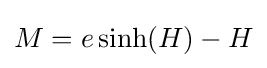
M=e\sinh(H)-H